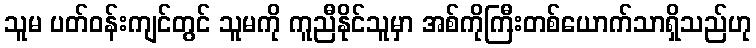
သူမ ပတ်ဝန်းကျင်တွင် သူမကို ကူညီနိုင်သူမှာ အစ်ကိုကြီးတစ်ယောက်သာရှိသည်ဟု